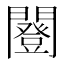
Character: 𨶿